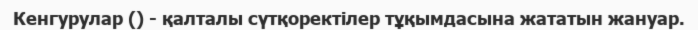
Кенгурулар () - қалталы сүтқоректілер тұқымдасына жататын жануар.